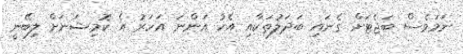
ނަމަވެސް ބަޖެޓަށް ގެނައި ބަދަލުތަކާއި އެކު އަންނަ އަހަރު އެ ކޮމިޝަނަށް ލިބޭނީ